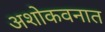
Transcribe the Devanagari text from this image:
अशोकवनात